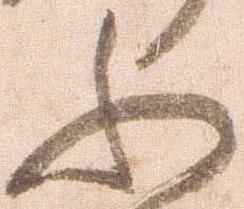
ふ